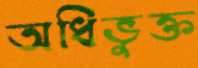
অধিভুক্ত